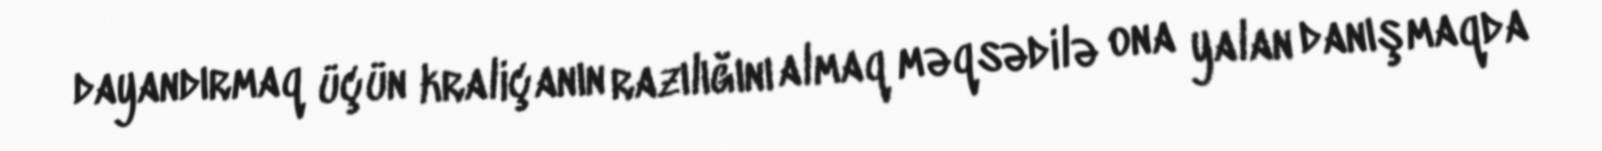
dayandırmaq üçün kraliçanın razılığını almaq məqsədilə ona yalan danışmaqda